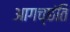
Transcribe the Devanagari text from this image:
आगच्छंति